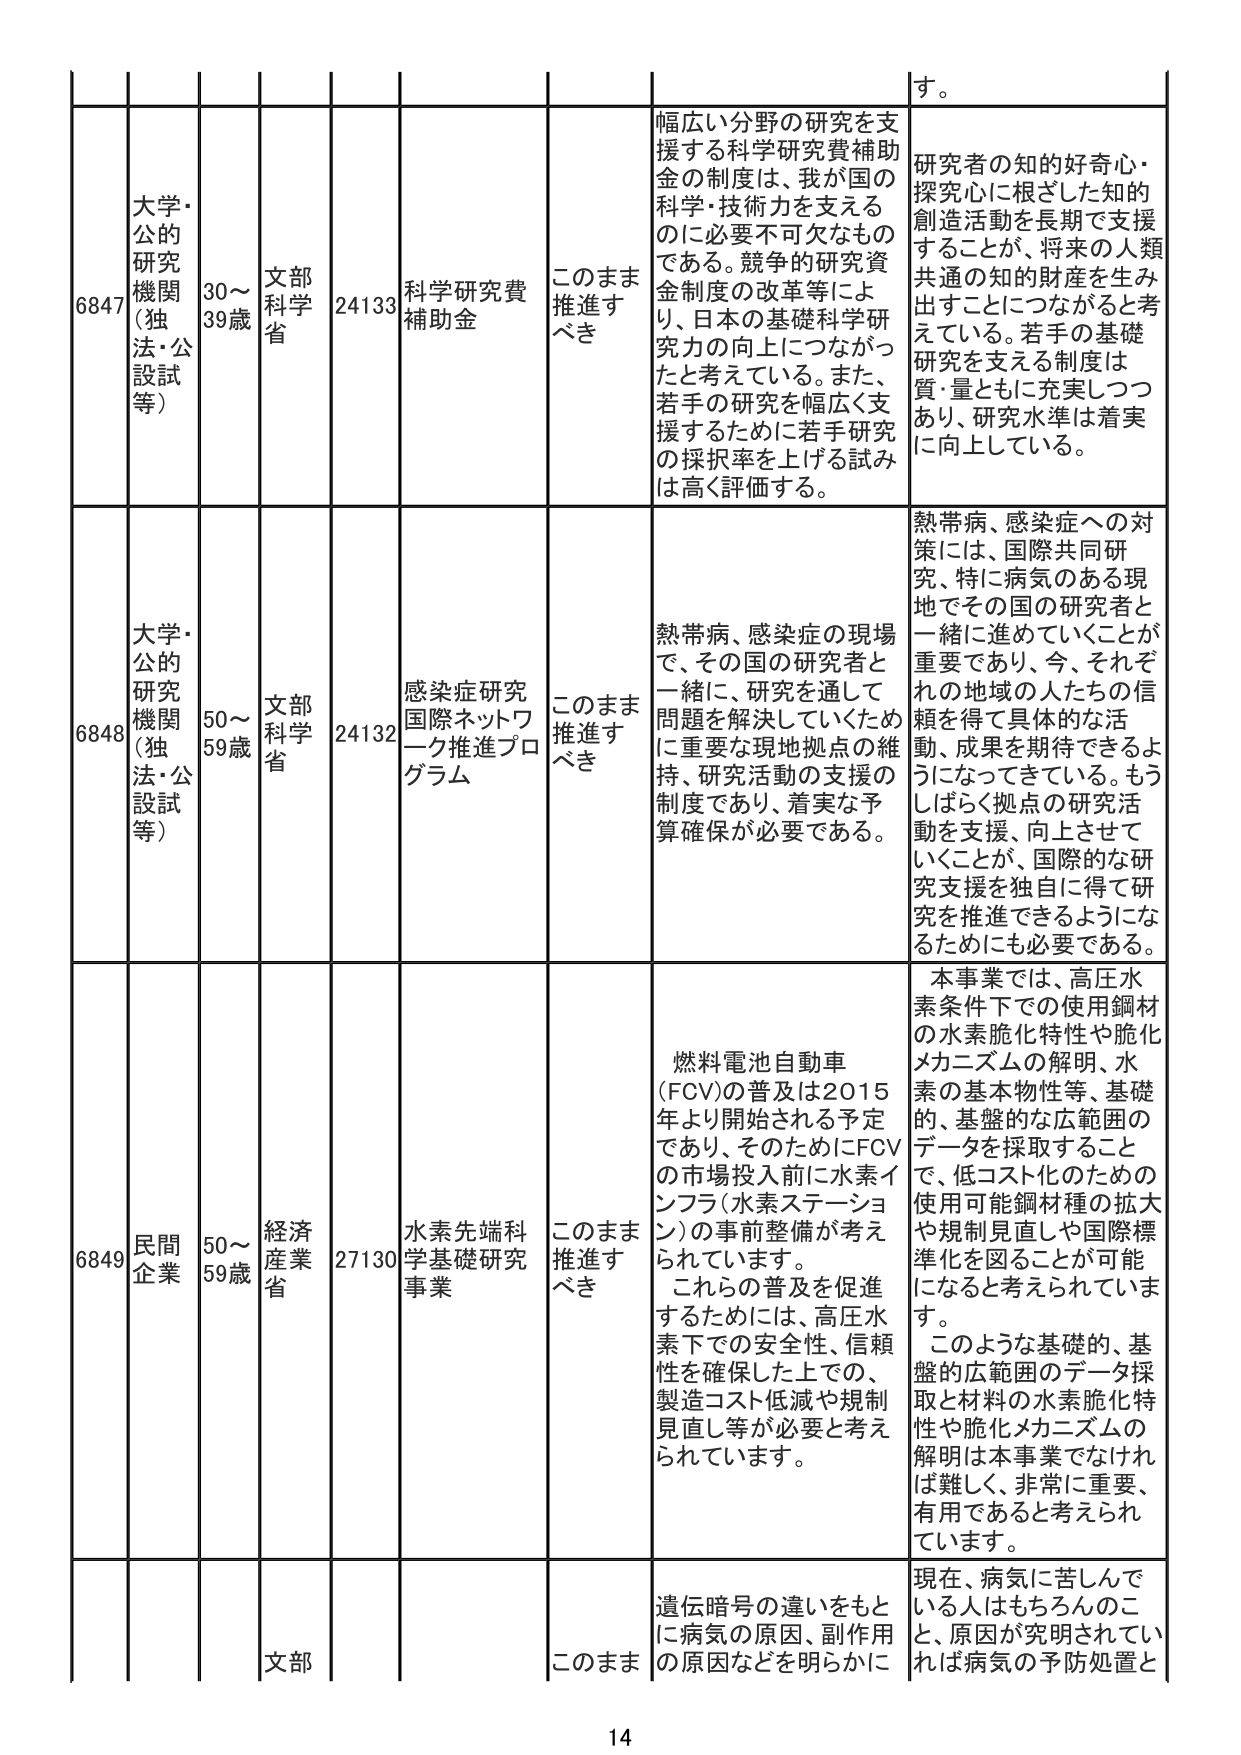
6847 大学・公的研究機関（独法・公設試等） 30～39歳 文部科学省 24133 科学研究費補助金 このまま推進すべき 幅広い分野の研究を支援する科学研究費補助金の制度は、我が国の科学・技術力を支えるのに必要不可欠なものである。競争的研究資金制度の改革等により、日本の基礎科学研究力の向上につながったと考えている。また、若手の研究を幅広く支援するために若手研究の採択率を上げる試みは高く評価する。 研究者の知的好奇心・探究心に根ざした知的創造活動を長期で支援することが、将来の人類共通の知的財産を生み出すことにつながると考えている。若手の基礎研究を支える制度は質・量ともに充実しつつあり、研究水準は着実に向上している。

6848 大学・公的研究機関（独法・公設試等） 50～59歳 文部科学省 24132 感染症研究国際ネットワーク推進プログラム このまま推進すべき 熱帯病、感染症の現場で、その国の研究者と一緒に、研究を通して問題を解決していくために重要な現地拠点の維持、研究活動の支援の制度であり、着実な予算確保が必要である。 熱帯病、感染症への対策には、国際共同研究、特に病気のある現地でその国の研究者と一緒に進めていくことが重要であり、今、それぞれの地域の人たちの信頼を得て具体的な活動、成果を期待できるようになってきている。もうしばらく拠点の研究活動を支援、向上させていくことが、国際的な研究支援を独自に得て研究を推進できるようになるためにも必要である。

6849 民間企業 50～59歳 経済産業省 27130 水素先端科学基礎研究事業 このまま推進すべき 燃料電池自動車（FCV）の普及は2015年より開始される予定であり、そのためにはFCVの市場投入前に水素インフラ（水素ステーション）の事前整備が考えられています。 これらの普及を促進するためには、高圧水素下での安全性、信頼性を確保した上での、製造コスト低減や規制見直し等が必要と考えられています。 本事業では、高圧水素条件下での使用鋼材の水素脆化特性や脆化メカニズムの解明、水素の基本物性等、基礎的、基盤的な広範囲のデータを採取することで、低コスト化のための使用可能鋼材種の拡大や規制見直しや国際標準化を図ることが可能になると考えられています。 このような基礎的、基盤的広範囲のデータ採取と材料の水素脆化特性や脆化メカニズムの解明は本事業でなければ難しく、非常に重要、有用であると考えられています。

文部 このまま 遺伝暗号の違いをもとに病気の原因、副作用の原因などを明らかに 現在、病気に苦しんでいる人はもちろんのこと、原因が究明されていれば病気の予防処置と

14